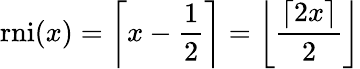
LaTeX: {\mathrm{rni}}(x)=\left\lceil x-{\frac{1}{2}}\right\rceil=\left\lfloor{\frac{\lceil 2x\rceil}{2}}\right\rfloor